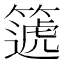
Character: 𥳠